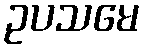
ဥပသမေ